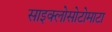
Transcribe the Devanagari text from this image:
साइक्लोसोटोमाटा